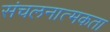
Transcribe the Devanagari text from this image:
संचलनात्मकता